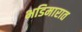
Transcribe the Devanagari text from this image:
भडिमारात